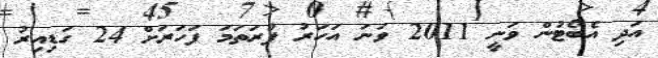
އަދި އެބޯޓުން ވަނީ 2011 ވަނަ އަހަރު ފުރަތަމަ ފަހަރަށް 24 ގަޑިއިރު